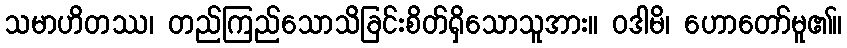
သမာဟိတဿ၊ တည်ကြည်သောသိခြင်းစိတ်ရှိသောသူအား။ ဝဒါမိ၊ ဟောတော်မူ၏။